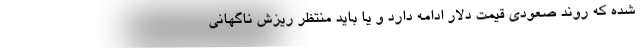
شده که روند صعودی قیمت دلار ادامه دارد و یا باید منتظر ریزش ناگهانی